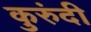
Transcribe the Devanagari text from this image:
कुरुंदी